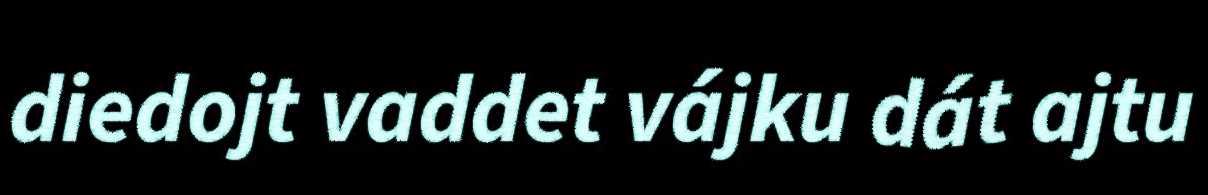
diedojt vaddet vájku dát ajtu